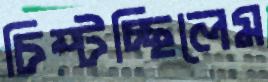
চিম্‌টচ্ছিলেম